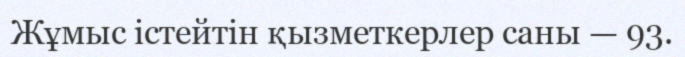
Жұмыс істейтін қызметкерлер саны — 93.